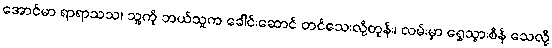
အောင်မာ ရာရာသသ၊ သူ့ကို ဘယ်သူက ခေါင်းဆောင် တင်သေးလို့တုန်း၊ လမ်းမှာ ရွှေသွားစိန် သေလို့